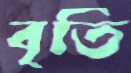
বৃতি